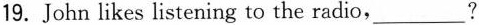
19. John likes listening to the radio,___?